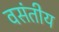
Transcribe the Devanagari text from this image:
वसंतीय